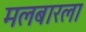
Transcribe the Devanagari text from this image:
मलबारला